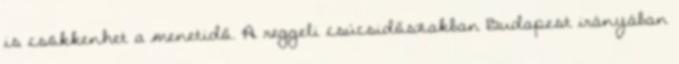
is csökkenhet a menetidő. A reggeli csúcsidőszakban Budapest irányában